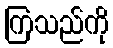
ကြသည်ကို